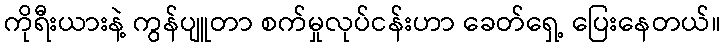
ကိုရီးယားနဲ့ ကွန်ပျူတာ စက်မှုလုပ်ငန်းဟာ ခေတ်ရှေ့ ပြေးနေတယ်။